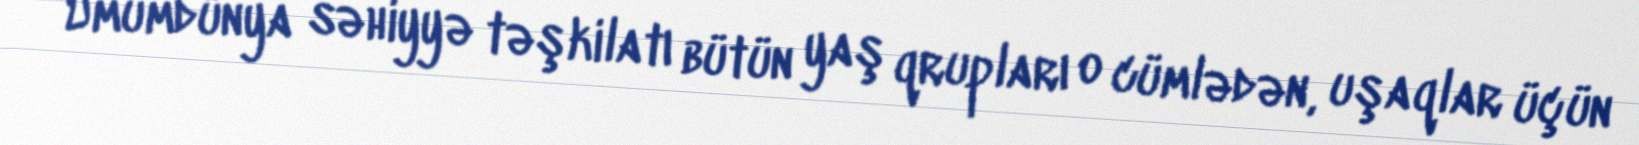
Ümumdünya səhiyyə təşkilatı bütün yaş qrupları o cümlədən, uşaqlar üçün